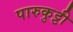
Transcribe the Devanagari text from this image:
पारुकुट्टी